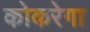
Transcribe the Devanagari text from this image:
कोकरेगा